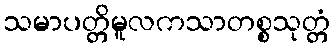
သမာပတ္တိမူလကသာတစ္စသုတ္တံ